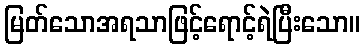
မြတ်သောအရသာဖြင့်ရောင့်ရဲပြီးသော။